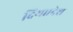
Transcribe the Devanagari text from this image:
दिया।देश